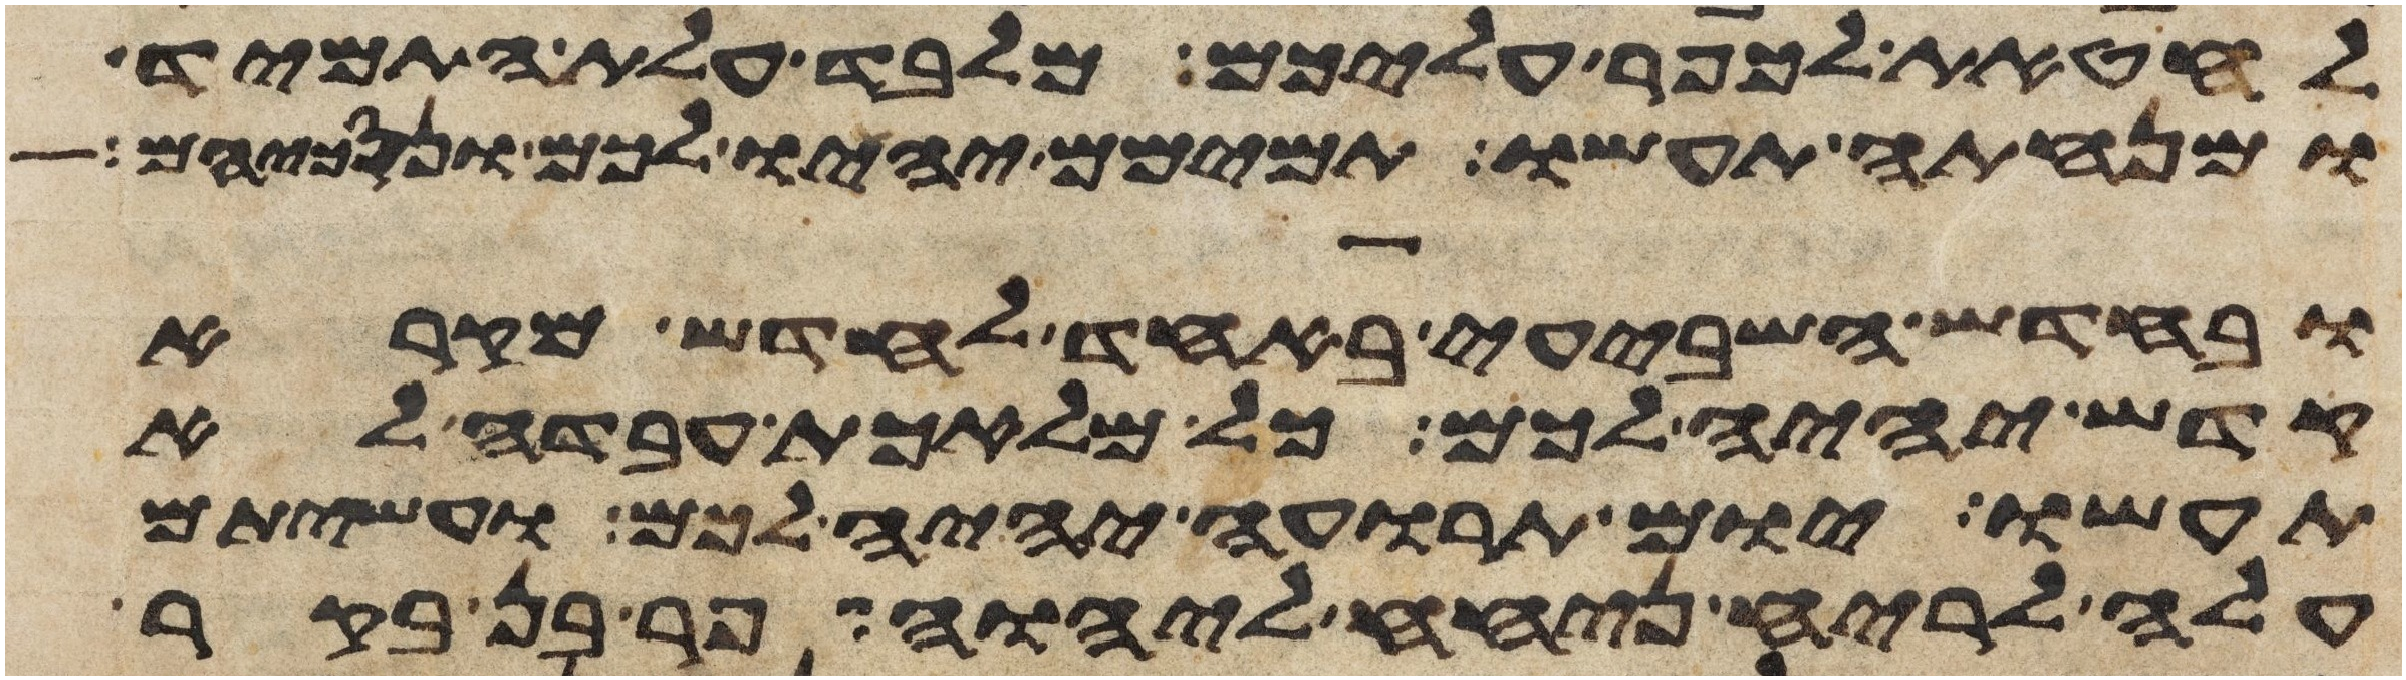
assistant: לחטאת לכפר עליכם מלבד עלת התמיד
ומנחתה תעשו תמימם יהיו לכם ונסכיהם
ובחדש השביעי באחד לחדש מקרא
קדש יהיה לכם כל מלאכת עבדה לא
תעשו יום תרועה יהיה לכם ועשיתם
עלה לריח ניחח ליהוה פר בן בקר